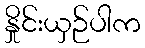
နှိုင်းယှဉ်ပါက